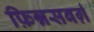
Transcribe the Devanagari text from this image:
फ़िन्नसबर्ग़